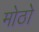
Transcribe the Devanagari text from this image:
मोठो